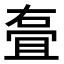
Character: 𭈸